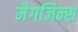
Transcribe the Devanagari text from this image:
मैगजिन्स